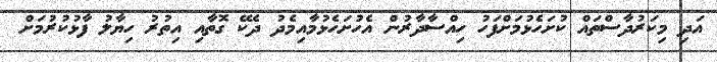
އަދި މިކަރުދާސްތައް ކުށަހެޅުމަށްފަހު ހިއްސާދާރުން އެހުށަހެޅުމާއިމެދު ދެކޭ ގޮތާއި އިތުރު ހިޔާލު ފާޅުކުރުމަށް